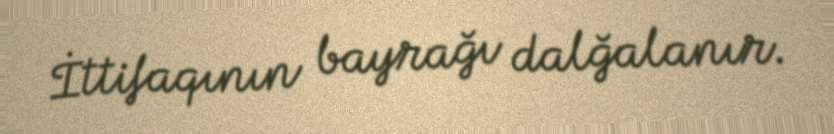
İttifaqının bayrağı dalğalanır.